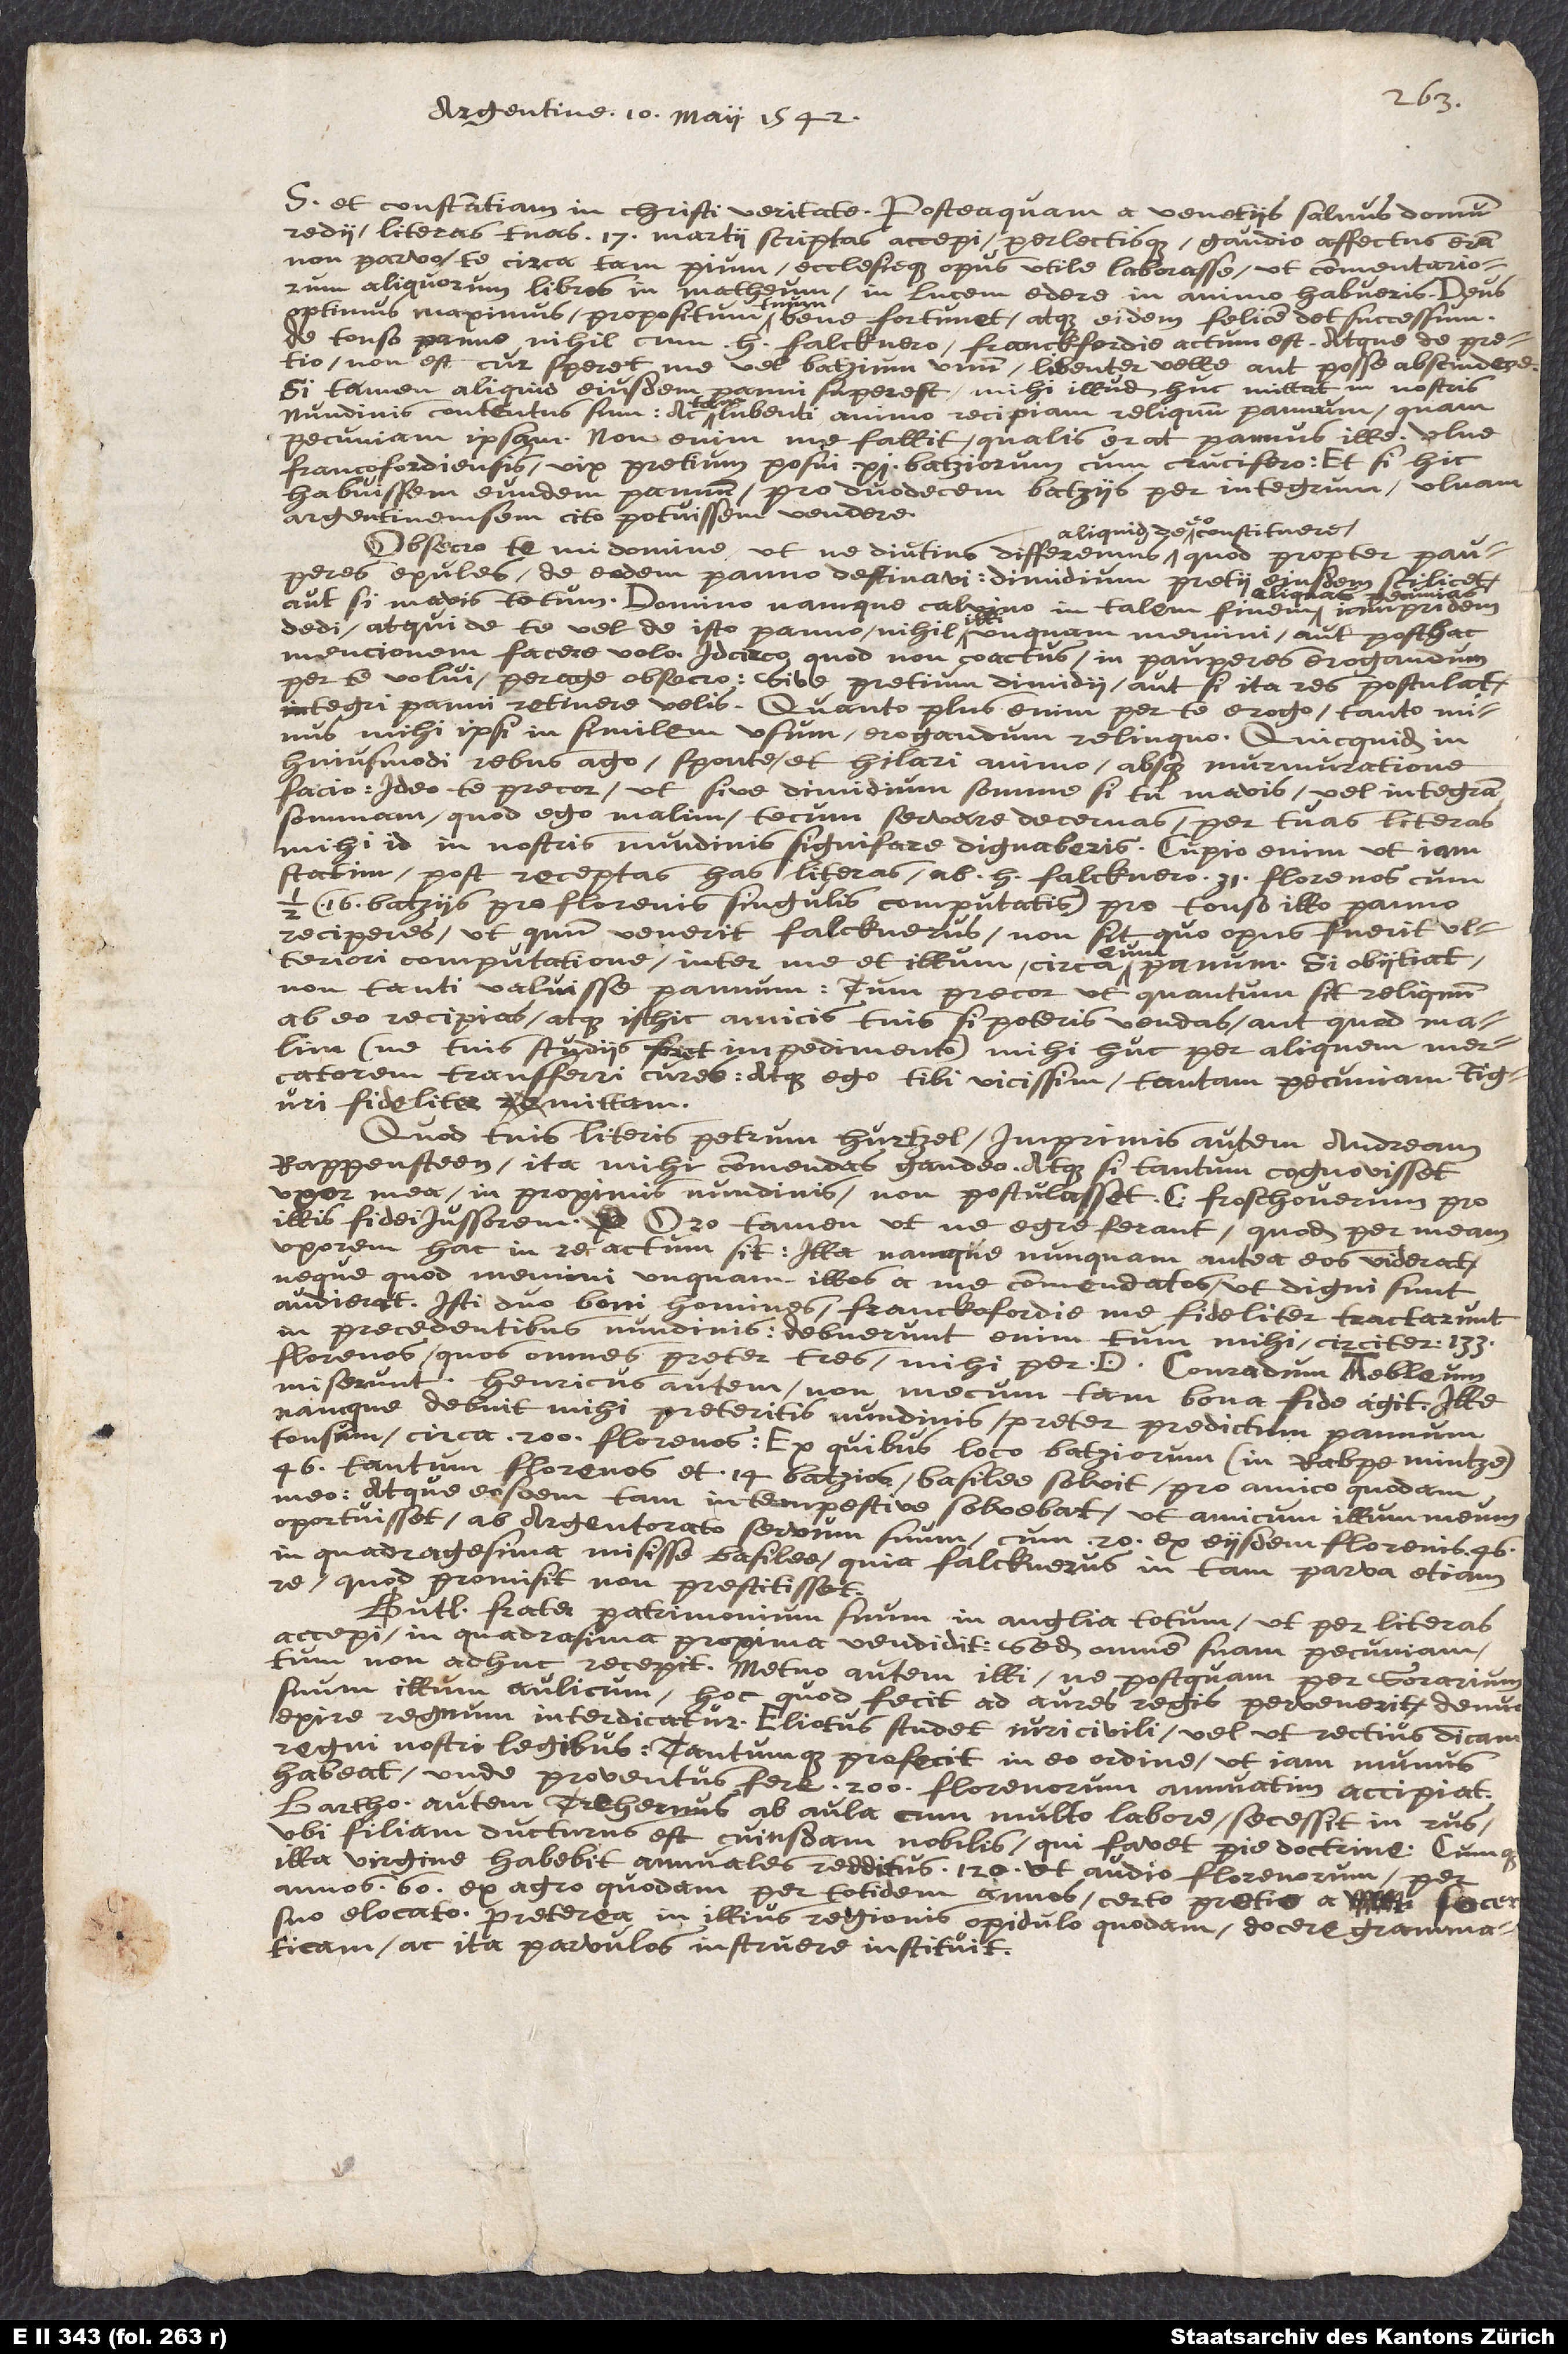
Argentinae, 10 Maii, 1542.
et constantiam in Christi veritate! Posteaquam a Venetiis salvus domum
redii, literas tuas 17 Martii scriptas accepi, perlectisque gaudio affectus eram
non parvo, te circa tam pium ecclesiaeque opus utile laborasse, ut commentariorum
aliquorum libros in Matthaeum
in lucem edere in animo habueris. Deus
Optimus Maximus propositum tuum bene fortunet, atque eidem felicem det successum!
De tonso panno nihil cum H. Falcknero Francofordiae actum est; atque de pretio
non est cur speret me vel batzium unum libenter velle aut posse abscindere.
Si tamen aliquid ejusdem panni superest, mihi illud huc mittat in nostris
nundinis contentus sum; ac tam lubenti animo recipiam reliquum pannum quam
pecuniam ipsam: non enim me fallit, qualis erat pannus ille. Ulnae
Francofordiensis vix pretium posui 11 batziorum cum crucifero; et si hic
habuissem eundem pannum, pro duodecim batziis per integrum ulnam
Argentinensem cito potuissem vendere.
aliquid de eo constituere,
pauperes exules de eodem panno destinavi; dimidium pretii ejusdem scilicet,
aut, si mavis, totum. Domino namque Calvino in talem finem aliquas
dedi; atqui de te vel de isto panno nihil illi unquam memini, aut posthac
mentionem facere volo. Idcirco quod non coactus in pauperes erogandum
per te volui, perage, obsecro, sive pretium dimidii, aut, si ita res postulat,
integri panni retinere velis: quanto plus enim per te erogo, tanto minus
mihi ipsi in similem usum erogandum relinquo. Quicquid in
hujusmodi rebus ago, sponte et hilari animo absque murmuratione
facio. Ideo te precor, ut sive dimidium summae, si tu mavis, vel integram
summam, quod ego malim, tecum servare decernas, per tuas literas
mihi id in nostris nundinis significare dignaberis. Cupio enim ut jam
statim post receptas has literas ab H. Falcknero 31 florenos cum
batziis pro florenis singulis computatis) pro tonso illo panno
reciperes; ut, quum venerit Falcknerus, non sit, quo opus fuerit
ulteriori computatione inter me et illum circa eum pannum. Si objiciat,
non tanti valuisse pannum, tum precor, ut quantum sit reliquum
ab eo recipias, atque isthic amicis tuis, si poteris, vendas; aut, quod malim
(ne tuis studiis foret impedimento), mihi huc per aliquem mercatorem
transferri cures: atque ego tibi vicissim tantam pecuniam Tiguri
fideliter mittam.
Quod tuis literis Petrum Hurtzel, imprimis autem Andream
Rappenstein, ita mihi commendas gaudeo; atque si tantum cognovisset
uxor mea in proximis nundinis, non postulasset C. Froschoverum pro
illis fideijussorem. Oro tamen ut ne aegre ferant, quod per meam
uxorem hac in re actum sit. Illa namque nunquam antea eos viderat,
neque, quod memini, unquam illos a me commendatos, ut digni sunt,
audierat. Isti duo boni homines Francofordiae me fideliter tractarunt
in praecedentibus nundinis: debuerunt enim tum mihi circiter 133
florenos, quos omnes praeter tres mihi per D. Conradum Ebleum
miserunt. Henricus autem non mecum tam bona fide agit: ille
namque debuit mihi praeteritis nundinis (praeter praedictum pannum
tonsum) circa 200 florenos; ex quibus loco batziorum (in Rabpemintze)
46 tantum florenos et 14 batzios Basilee solvit pro amico quodam
meo: atque eosdem tam intempestive solvebat, ut amicum illum meum
oportuisset ab Argentorato servum suum cum 20 ex eisdem florenis 46
in quadragesima misisse Basileae, quia Falcknerus in tam parva etiam
re, quod promisit, non praestitisset.
Butlerus frater patrimonium suum in Anglia totum, ut per literas
accepi, in quadragesima proxima vendidit: sed omnem suam pecuniam
tum non adhuc recepit. Metuo autem illi, ne postquam per sororium
suum illum aulicum hoc quod fecit ad aures regis pervenerit, denuo
exire regnum interdicatur. Eliotus studet juri civili, vel, ut rectius dicam,
regni nostri legibus: tantumque profecit in eo ordine, ut jam munus
habeat, unde proventus fere 200 florenorum annuatim accipiat.
Bartholomaeus autem Trehernus ab aula cum multo labore secessit in rus,
ubi filiam ducturus est cujusdam nobilis qui favet piae doctrinae cumque
illa virgine habebit annuales reditus 120 (ut audio) florenorum per
annos 60 ex agro quodam per totidem annos certo pretio a socero
suo elocato. Praeterea in illius regionis oppidulo quodam docere grammaticam,
ac ita parvulos instruere instituit.